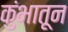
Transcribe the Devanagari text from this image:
कुंभातून